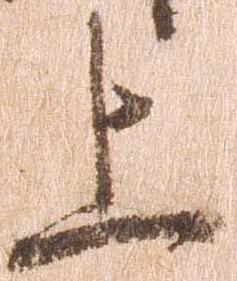
上